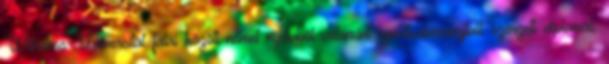
Wilhelms-Universität falai között német nyelvből valamint sporttudományból szerzett diplomát,